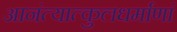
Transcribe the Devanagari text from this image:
आनंत्यात्कुलधर्माणां